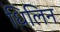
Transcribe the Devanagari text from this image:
धिलिन